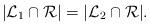
LaTeX: \begin{align*}|\mathcal{L}_1\cap\mathcal{R}|=|\mathcal{L}_2\cap\mathcal{R}|. \end{align*}